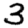
Digit: 3